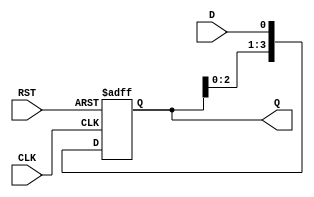
module ShiftRegister #(
    parameter WIDTH = 4  // Width of the shift register
)(
    input wire D,        // Data input
    input wire CLK,      // Clock input
    input wire RST,      // Asynchronous reset
    output reg [WIDTH-1:0] Q // Data output
);

    // Always block triggered on the rising edge of the clock or reset
    always @(posedge CLK or posedge RST) begin
        if (RST) begin
            // Reset the shift register to 0
            Q <= {WIDTH{1'b0}};
        end else begin
            // Shift operation: shift left and insert new data at the LSB
            Q <= {Q[WIDTH-2:0], D};
        end
    end

endmodule